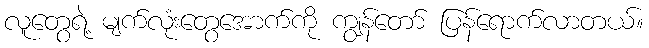
လူတွေရဲ့ မျက်လုံးတွေအောက်ကို ကျွန်တော် ပြန်ရောက်လာတယ်။